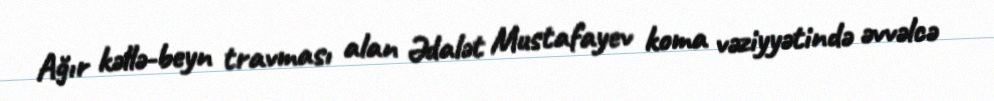
Ağır kəllə-beyn travması alan Ədalət Mustafayev koma vəziyyətində əvvəlcə